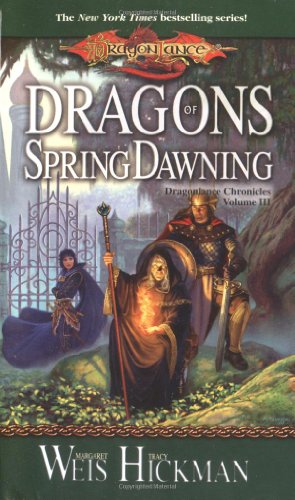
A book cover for Dragons of Spring Dawning (Dragonlance Chronicles, Book 3); Margaret Weis; Science Fiction & Fantasy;